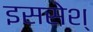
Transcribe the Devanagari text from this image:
इससेश्